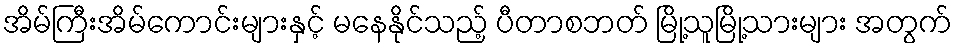
အိမ်ကြီးအိမ်ကောင်းများနှင့် မနေနိုင်သည့် ပီတာစဘတ် မြို့သူမြို့သားများ အတွက်